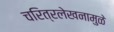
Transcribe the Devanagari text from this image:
चरित्रलेखनामुळे